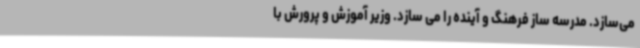
می‌سازد. مدرسه ساز فرهنگ و آینده را می سازد. وزیر آموزش و پرورش با